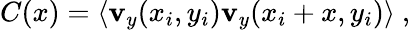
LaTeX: C(x)=\langle\mathbf{v}_{y}(x_{i},y_{i})\mathbf{v}_{y}(x_{i}+x,y_{i})\rangle~,